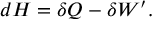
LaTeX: d H = \delta Q - \delta W ^ { \prime } .